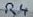
Text: R4